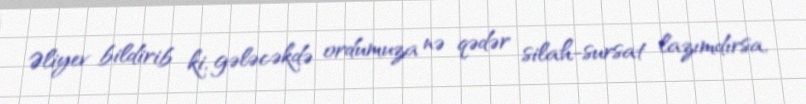
Əliyev bildirib ki, gələcəkdə ordumuza nə qədər silah-sursat lazımdırsa,